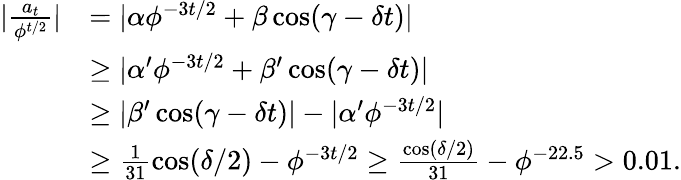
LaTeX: \begin{array}{rl}{|\frac{a_{t}}{\phi^{t/2}}|}&{=|\alpha\phi^{-3t/2}+\beta\cos(\gamma-\delta t)|}\\ &{\ge|\alpha^{\prime}\phi^{-3t/2}+\beta^{\prime}\cos(\gamma-\delta t)|}\\ &{\ge|\beta^{\prime}\cos(\gamma-\delta t)|-|\alpha^{\prime}\phi^{-3t/2}|}\\ &{\ge\frac{1}{31}\cos(\delta/2)-\phi^{-3t/2}\ge\frac{\cos(\delta/2)}{31}-\phi^{-22.5}>0.01.}\end{array}